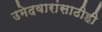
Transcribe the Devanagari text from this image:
उमेदवारांसाठीही